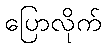
ပြောလိုက်